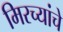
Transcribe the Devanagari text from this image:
मिरच्यांचे